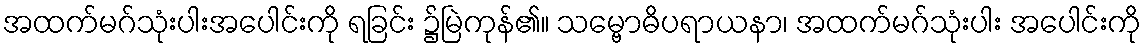
အထက်မဂ်သုံးပါးအပေါင်းကို ရခြင်း ၌မြဲကုန်၏။ သမ္ဗောဓိပရာယနာ၊ အထက်မဂ်သုံးပါး အပေါင်းကို